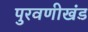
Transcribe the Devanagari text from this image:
पुरवणीखंड